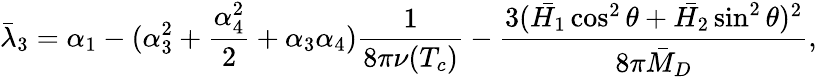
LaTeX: \bar{\lambda}_{3}=\alpha_{1}-(\alpha_{3}^{2}+{\frac{\alpha_{4}^{2}}{2}}+\alpha_{3}\alpha_{4}){\frac{1}{8\pi\nu(T_{c})}}-{\frac{3(\bar{H_{1}}\cos^{2}\theta+\bar{H_{2}}\sin^{2}\theta)^{2}}{8\pi\bar{M}_{D}}},